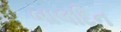
બાલદિન